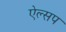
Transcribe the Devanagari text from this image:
ऐल्सप